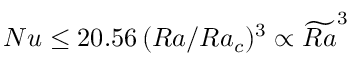
N u \leq 2 0 . 5 6 \, ( R a / R a _ { c } ) ^ { 3 } \propto \widetilde { R a } ^ { 3 }